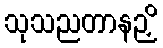
သုသညတာနဉှိ